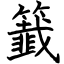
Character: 籖